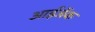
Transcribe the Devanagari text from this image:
आईजेंक